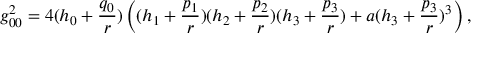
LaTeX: g _ { 0 0 } ^ { 2 } = 4 ( h _ { 0 } + { \frac { q _ { 0 } } { r } } ) \left( ( h _ { 1 } + { \frac { p _ { 1 } } { r } } ) ( h _ { 2 } + { \frac { p _ { 2 } } { r } } ) ( h _ { 3 } + { \frac { p _ { 3 } } { r } } ) + a ( h _ { 3 } + { \frac { p _ { 3 } } { r } } ) ^ { 3 } \right) ,